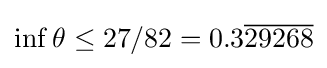
\inf \theta \leq 27/82=0.3{\overline {29268}}